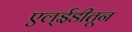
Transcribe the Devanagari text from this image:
एल्ईडीतून